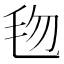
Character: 𬆿